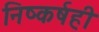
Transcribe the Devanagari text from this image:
निष्कर्षही